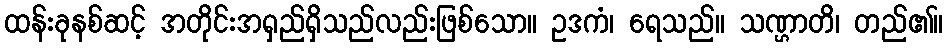
ထန်းခုနစ်ဆင့် အတိုင်းအရှည်ရှိသည်လည်းဖြစ်သော။ ဥဒကံ၊ ရေသည်။ သဏ္ဌာတိ၊ တည်၏။